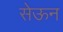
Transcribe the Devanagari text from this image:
सेऊन